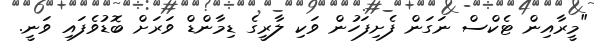
"މީރާއިން ޓެކްސް ނަގަން ފެށިފަހުން ވަކި ލާރީގެ ޑިމާންޑް ވަރަށް ބޮޑުވެފައި ވަނީ.